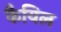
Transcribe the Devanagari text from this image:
कैयिल